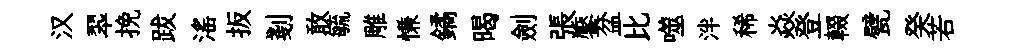
汉翆挽跋滛扳剗敢毓雕慊鐍暍劍張饜盆比噬泮稀焱登輟甓癸若